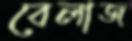
বেলাজ